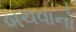
બચવાનો